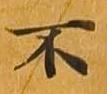
不